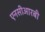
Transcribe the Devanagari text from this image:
एनसीआरबी